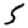
Digit: 5